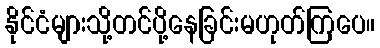
နိုင်ငံများသို့တင်ပို့နေခြင်းမဟုတ်ကြပေ။